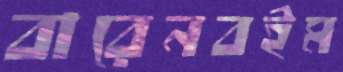
বারেনবইম